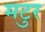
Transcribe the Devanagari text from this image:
मटुर